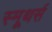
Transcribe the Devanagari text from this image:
स्मूथर्स